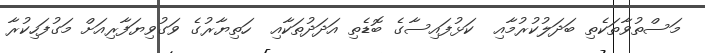
މަސްތުވާތަކެތި ބަދަލުކުރުމާއި  ކަޅުފައިސާގެ ބޮޑެތި އަދަދުތަކާއި  ހަތިޔާރުގެ ވަގުވިޔަފާރިއަށް މަގުފަހިކުރާ